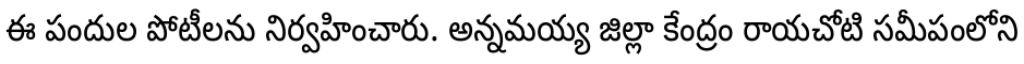
ఈ పందుల పోటీలను నిర్వహించారు. అన్నమయ్య జిల్లా కేంద్రం రాయచోటి సమీపంలోని